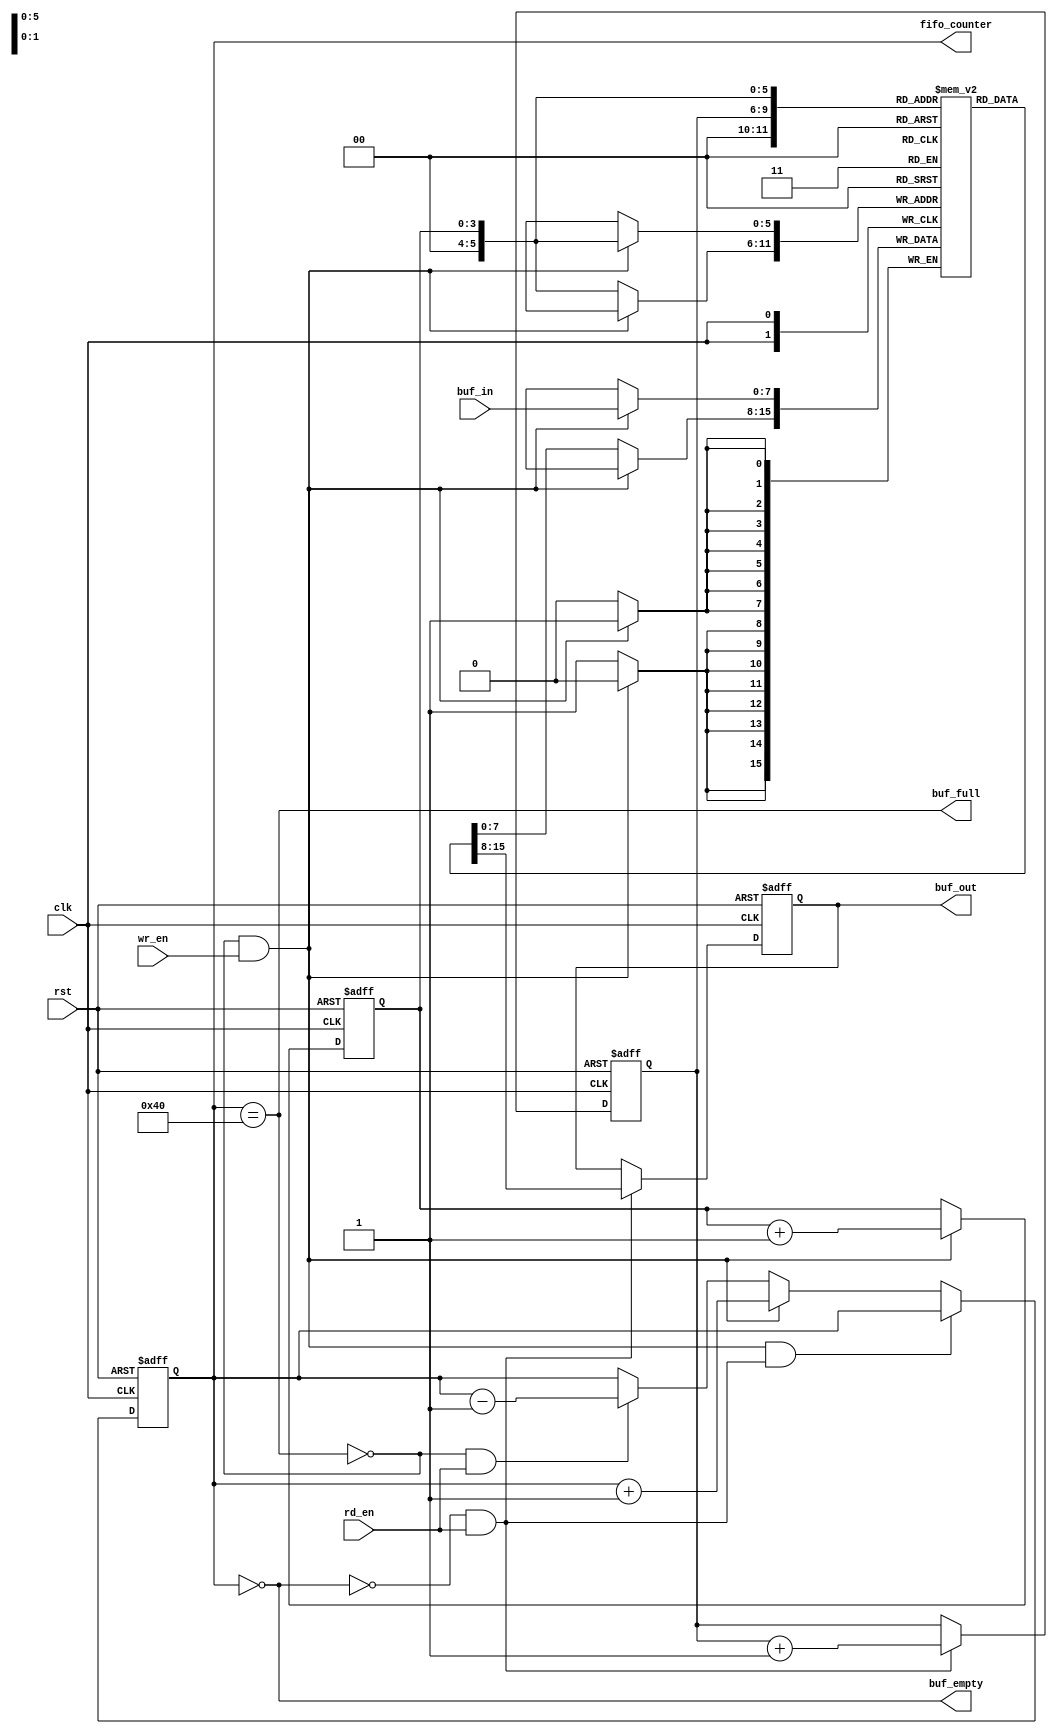
`timescale 1ns / 1ps
//////////////////////////////////////////////////////////////////////////////////
// Company: 
// Engineer: 
// 
// Design Name: 
// Module Name:    fifo 
// Project Name: 
// Target Devices: 
// Tool versions: 
// Description: 
//
// Dependencies: 
//
// Revision: 
// Revision 0.01 - File Created
// Additional Comments: 
//
//////////////////////////////////////////////////////////////////////////////////
module fifo(clk, rst, buf_in, buf_out, wr_en, rd_en, buf_empty, buf_full, fifo_counter);

input rst, clk, wr_en, rd_en;
input [7:0] buf_in;
output [7:0] buf_out;
output buf_empty, buf_full;
output [7:0] fifo_counter;

reg [7:0] buf_out;
reg buf_empty, buf_full;
reg [7:0] fifo_counter;
reg [3:0] rd_ptr, wr_ptr;
reg [7:0] buf_mem[63:0];


always@(fifo_counter) begin
	buf_empty = (fifo_counter==0);
	buf_full = (fifo_counter==64);
end

always@(posedge clk or posedge rst) begin
	if(rst)
		fifo_counter <= 0;
	else if((!buf_full && wr_en) && (!buf_empty && rd_en))
		fifo_counter <= fifo_counter;
	else if (!buf_full && wr_en)
		fifo_counter <= fifo_counter + 1;
	else if (!buf_full && rd_en)
		fifo_counter <= fifo_counter - 1;
	else
	fifo_counter <= fifo_counter;
end

//fatching data from FIFO
always@(posedge clk or posedge rst) begin
	if(rst) 
		buf_out <= 0;
	else begin
		if(rd_en && !buf_empty)
			buf_out <= buf_mem[rd_ptr];
		else
			buf_out <= buf_out;
	end
end

//writing data in FIFO
always@(posedge clk) begin
	if(wr_en && !buf_full)
		buf_mem[wr_ptr] <= buf_in;
	else
		buf_mem[wr_ptr] <= buf_mem[wr_ptr];
end

//to manage of pointers
always@(posedge clk or posedge rst) begin
	if(rst) begin
		wr_ptr <= 0;
		rd_ptr <= 0;
	end
	else begin
		if(!buf_full && wr_en)
			wr_ptr <= wr_ptr + 1;
		else
			wr_ptr <= wr_ptr;
		if(!buf_empty && rd_en)
			rd_ptr <= rd_ptr + 1;
		else
			rd_ptr <= rd_ptr;
	end
end

endmodule